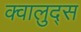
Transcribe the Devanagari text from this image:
क्वालुद्स